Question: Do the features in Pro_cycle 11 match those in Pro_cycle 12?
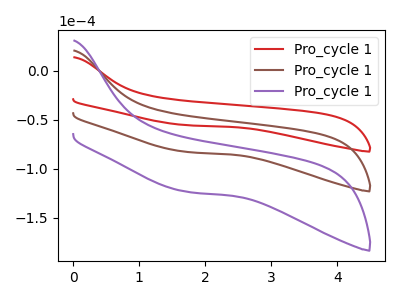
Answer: <think>The red curve "Pro_cycle 11" has no peaks. The brown curve "Pro_cycle 12" has no peaks. The purple curve "Pro_cycle 13" has no peaks.
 Neither "Pro_cycle 11" or "Pro_cycle 12" have any peaks.</think>
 <answer>"Pro_cycle 11" and "Pro_cycle 12" are similar in shape.</answer>
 <eval>same_shape</eval>